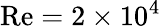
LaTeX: \mathrm{{Re}}=2\times 10^{4}